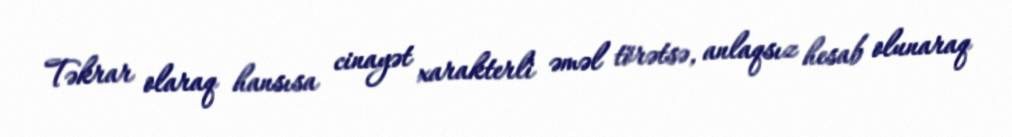
Təkrar olaraq hansısa cinayət xarakterli əməl törətsə, anlaqsız hesab olunaraq